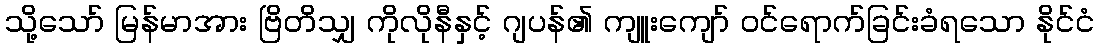
သို့သော် မြန်မာအား ဗြိတိသျှ ကိုလိုနီနှင့် ဂျပန်၏ ကျူးကျော် ဝင်ရောက်ခြင်းခံရသော နိုင်ငံ